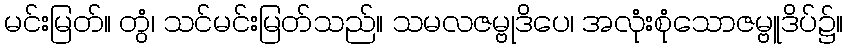
မင်းမြတ်။ တွံ၊ သင်မင်းမြတ်သည်။ သမလဇမ္ဗုဒိပေ၊ အလုံးစုံသောဇမ္ဗူဒိပ်၌။